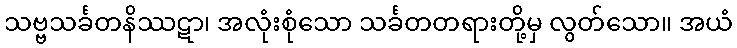
သဗ္ဗသင်္ခတနိဿဋာ၊ အလုံးစုံသော သင်္ခတတရားတို့မှ လွတ်သော။ အယံ